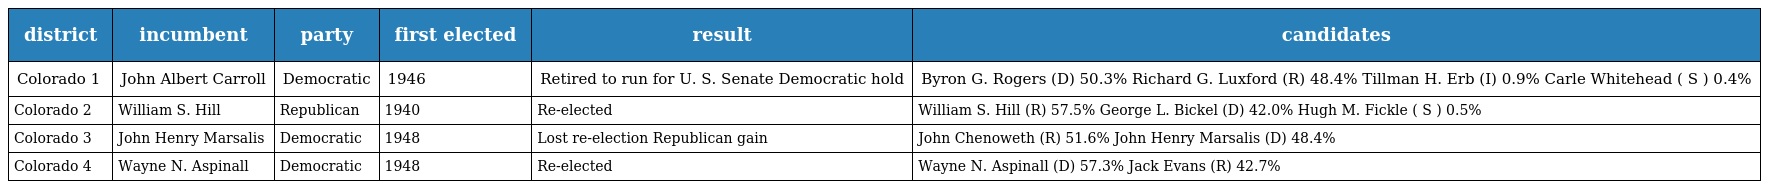
| district | incumbent | party | first elected | result | candidates |
 | --- | --- | --- | --- | --- | --- |
 | Colorado 1 | John Albert Carroll | Democratic | 1946 | Retired to run for U. S. Senate Democratic hold | Byron G. Rogers (D) 50.3% Richard G. Luxford (R) 48.4% Tillman H. Erb (I) 0.9% Carle Whitehead ( S ) 0.4% |
 | Colorado 2 | William S. Hill | Republican | 1940 | Re-elected | William S. Hill (R) 57.5% George L. Bickel (D) 42.0% Hugh M. Fickle ( S ) 0.5% |
 | Colorado 3 | John Henry Marsalis | Democratic | 1948 | Lost re-election Republican gain | John Chenoweth (R) 51.6% John Henry Marsalis (D) 48.4% |
 | Colorado 4 | Wayne N. Aspinall | Democratic | 1948 | Re-elected | Wayne N. Aspinall (D) 57.3% Jack Evans (R) 42.7% |